Report on plague in the Punjab from October 1st ... to September 30th ..., being the ... season of plague in the province
Disease focus: Plague
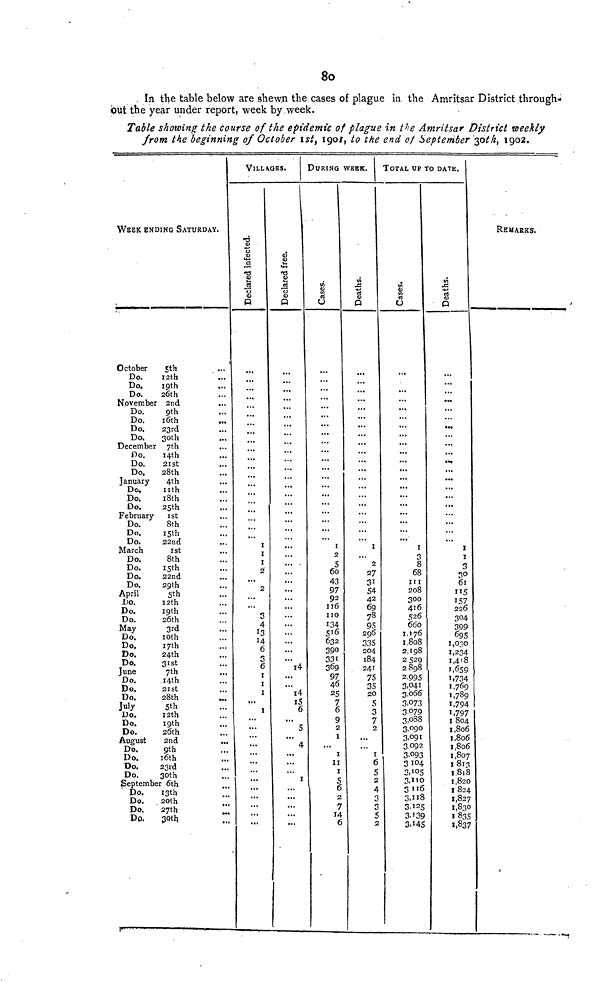
80
In the table below are shewn the cases of plague in the Amritsar District through-
out the year under report, week by week.
Table showing the course of the epidemic of plague in the Amritsar District weekly
from the beginning of October 1st, 1901, to the end of September 30 th 1902.
WEEK ENDING SATURDAY
October
5th
Do.
12th
Do.
19th
Do.
26th
November 2nd
Do.
9th
Do. 16th
Do.
23rd
Do.
30th
December 7th
Do.
14th
Do.
21st
Do.
28th
January
4th
Do.
11th
Do.
18th
Do.
25th
February 1st
Do.
8th
Do.
15th
Do.
22nd
March
1st
Do.
8th
Do.
15th
Do.
22nd
Do.
29th
April
5th
Do.
12th
Do.
19th
Do.
26th
May
3rd
Do.
10th
Do.
17th
Do.
24th
Do.
31st
June
7th
Do.
14th
Do.
21st
Do.
28th
July
5th
Do.
12th
Do.
19th
Do.
26th
August
2nd
Do.
9th
Do.
16th
Do.
23rd
Do.
30th
September 6th
Do.
13th
Do.
20th
Do.
27th
DO. 30th.
...
...
...
...
...
...
...
...
...
...
...
...
...
...
...
...
...
...
...
...
...
...
...
...
...
...
...
...
...
...
...
...
...
...
...
...
...
...
...
...
...
...
...
...
...
...
...
...
...
...
...
...
VILLAGES.
DURING WEEK.
TOTAL UP TO DATE.
Declared infrected
...
...
...
...
...
...
...
...
...
...
...
...
...
...
...
...
...
...
...
...
...
...
...
...
...
...
2..
...
...
3
4
13
14
6
3
6
1
1
...
...
...
...
...
...
...
...
...
...
• ••
...
...
...
...
Declared free
...
...
...
... ...
...
...
...
...
...
...
....
...
...
...
....
...
...
... .....
... .....
....
• •«
....
2•
...
...
...
...
....
...
•««
...
14
...
...
14 14
...
...
5
...
4.
• ••
• ••
...
I
....
...
...
Cases
...
...
...
...
...
... ...
...
...
...
...
... ...
...
...
...
...
...
... ...
...
1
2
5
60
43
97
92
116
110
134
632
632
331
369
97
46
25
7
6
2
1
...
11
1
5
6
2
7
14 6
Deaths
...
...
...
...
...
...
...
...
...
...
...
...
...
...
...
...
...
...
... ...
...
1
...
2
7
31
31
54
42
69
78
95
296
335
184
241
75
35
7
2
I
5 2
3
3
5
2
Cases
...
...
...
...
...
...
...
...
...
...
...
...
...
...
...
...
...
...
...
... 1
3
8
8
111
208
300
416
526
660
1.176
1, 808
2, 198
2 529
2 898
3,041
3,000
3.073
3,079
3,088
3,090
3,091
3092
3,093
3 104
3,105
3,110
3116
3,118
3,125
3,139
3.145
Deaths
...
...
...
... ...
...
...
...
...
...
...
...
...
...
...
...
...
... ...
...
...
1
1
3
30
61
115
157
226
304
399
695
1,030
1,234
1,418
1,659
1,734
1,769
1,789
1,794
1,797
1 804
1,806
1.806
1,806
1,807
18l3
1, 818
1,820
1824
1,827
1,830
1835
1,837
REMARKS.